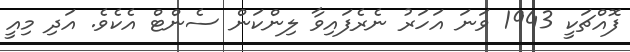
ފޮއްޗަކީ 1943 ވަނަ އަހަރު ނެރެފައިވާ ލިންކަން ސެންޓް އެކެވެ. އަދި މިއީ